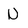
Character: U